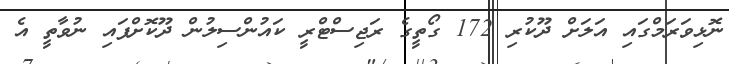
ނޮޅިވަރަމްގައި އަލަށް ދޫކުރި 172 ގޯތީގެ ރަޖިސްޓްރީ ކައުންސިލުން ދޫކޮށްފައި ނުވާތީ އެ